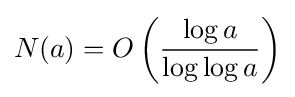
N(a)=O\left({\frac {\log a}{\log \log a}}\right)